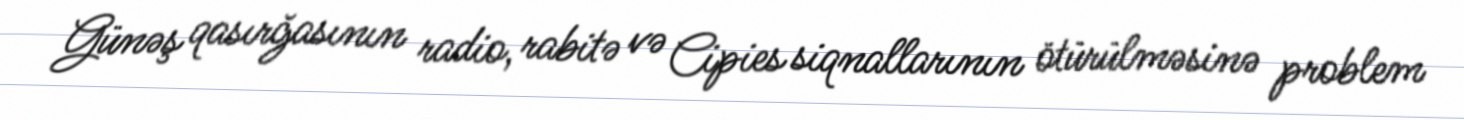
Günəş qasırğasının radio, rabitə və Cipies siqnallarının ötürülməsinə problem